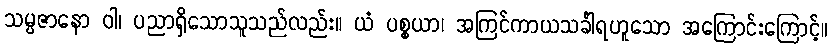
သမ္ပဇာနော ဝါ၊ ပညာရှိသောသူသည်လည်း။ ယံ ပစ္စယာ၊ အကြင်ကာယသင်္ခါရဟူသော အကြောင်းကြောင့်။